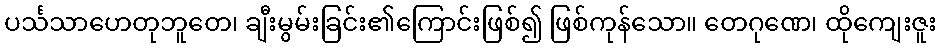
ပင်္သသာဟေတုဘူတေ၊ ချီးမွမ်းခြင်း၏ကြောင်းဖြစ်၍ ဖြစ်ကုန်သော။ တေဂုဏေ၊ ထိုကျေးဇူး